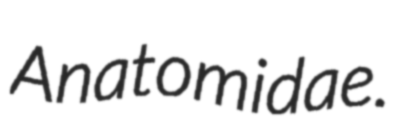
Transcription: Anatomidae.